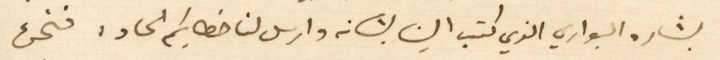
بشاره البواري الذي كتب الينا بشانه وارسل لنا خطابكم الحاد، فنحن